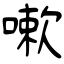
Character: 嗽